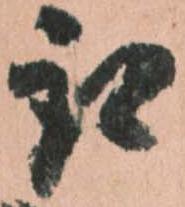
取